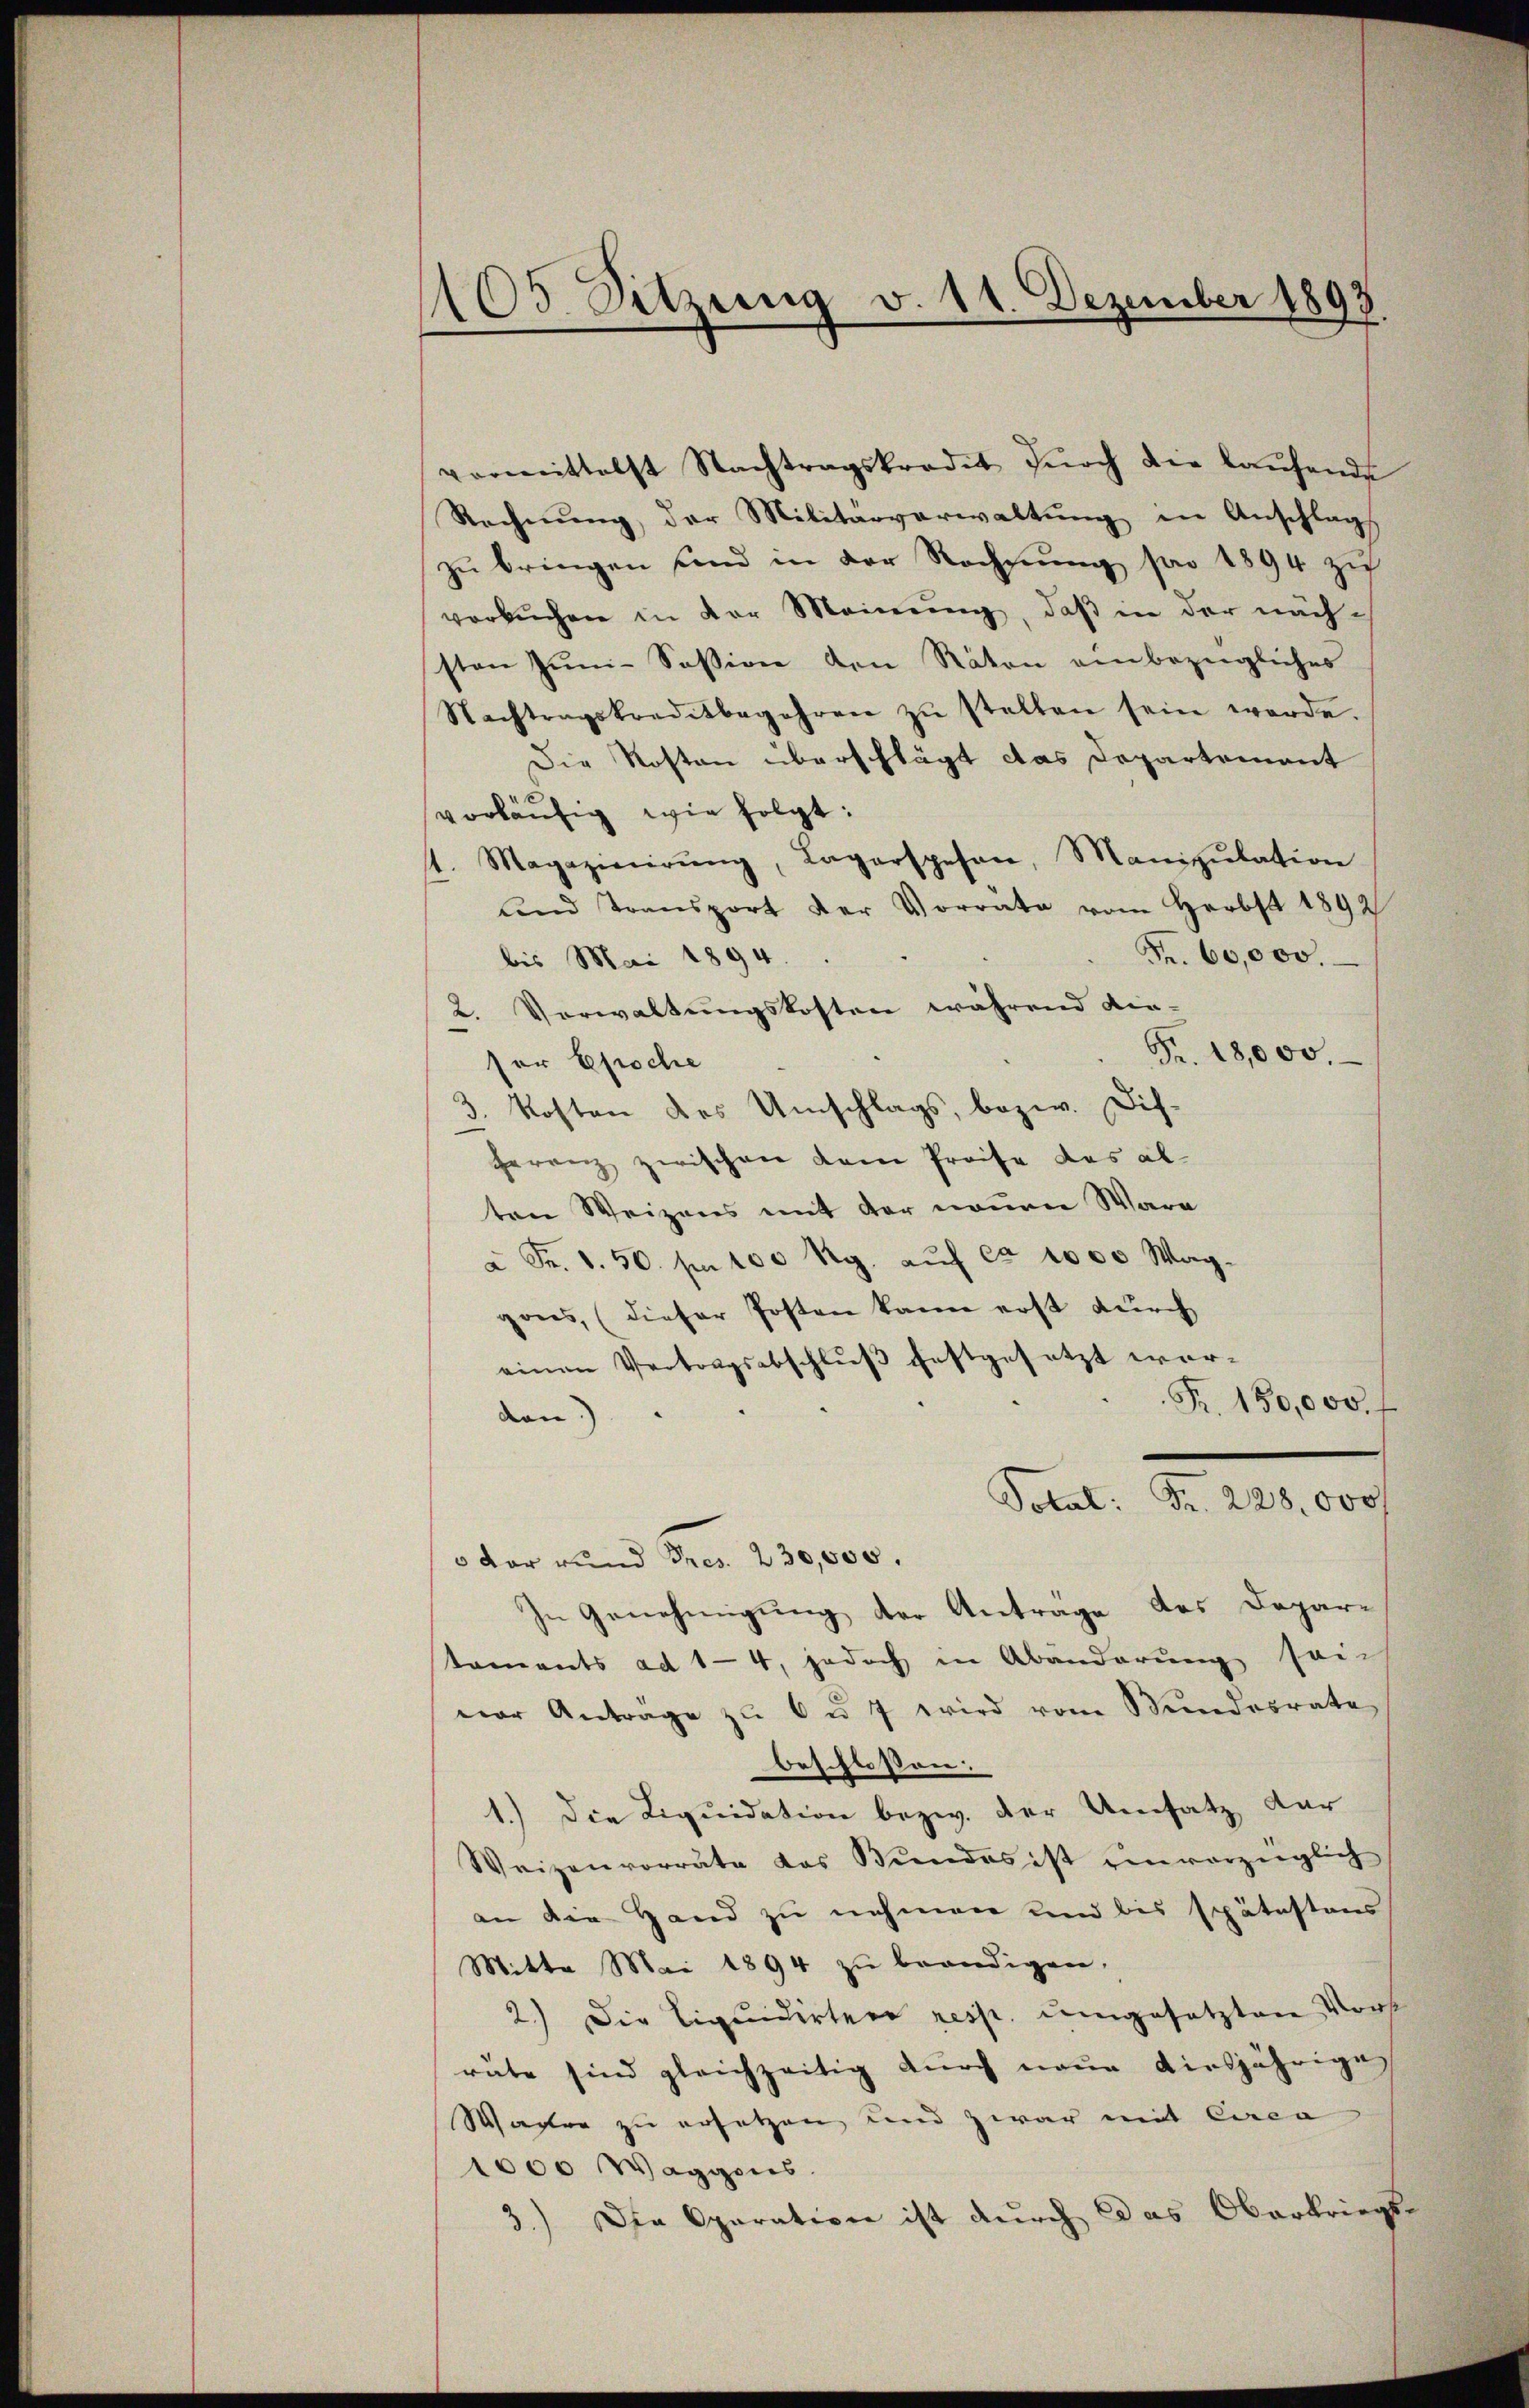
105 Sitzung v. 11. Dezember 1893.

vermittelst Nachtragskredit dŭrch die laŭfende
Rechnŭng, der Militärverwaltŭng in Anschlags
zŭ bringen sind in der Rechnŭng pro 1894 zu
verbuchen in der Meinung, daß in der näch-
sten Jŭni-Session den Räten einbezügliches
Nachtragskreditbegehren zŭ stellen sein werde.
Die Kosten überschlägt das Departement
vorläufig wie folgt:
Magazinirŭng, Lagerspesen, Manipŭlation
und Transport der Vorrate vom Herbst 1892
Fr. 60,000.
bis Mai 1894
2. Verwaltungskosten während die-
Fr. 18,000.
ser Epoche
3. Kosten des Umschlags, bezw. Disferenz zwischen dem Preise das alten Weizens mit der neuen Wara
à Fr. 1. 50. In 100 Rp. aŭf ca 1000 Waggons, (dieser Posten kann erst durch
einen Vertragsabschluß festgesetzt wor¬
Pr. 150,000. f
don)
Total: Fr. 228,000 f
3 der rund Pres. 230,000.
In Genehmigung der Anträge des Departaments ad 1-4, jedoch in Abänderung sein
war Antrage zŭ 6 u. 7 wird vom Mindesrate
beschlossen:
1.) Die Liquidation bezw. der Umsatz dar
Weizenvorräte das Bundes ist ein vorzüglich
an die Hand zu nehmen und bis spätestans
Mitte Mai 1894 zŭ beendigen,
2.) Die Liquidirtere resp. ŭmgesetzten Vort
räte sind gleichzeitig durch neue diesjährige
Warter zu ersetzen und zwar mit Circa
1000 Waggens.
3.) Die Operation ist durch das Oberkriegs-